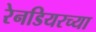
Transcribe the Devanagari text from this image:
रेनडियरच्या